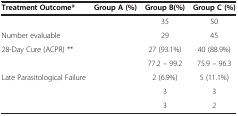
<table><thead><tr><td><b>Treatment Outcome*</b></td><td><b>Group A (%)</b></td><td><b>Group B(%)</b></td><td><b>Group C (%)</b></td></tr></thead><tbody><tr><td>[EMPTY_CELL]</td><td>[EMPTY_CELL]</td><td>35</td><td>50</td></tr><tr><td>Number evaluable</td><td>[EMPTY_CELL]</td><td>29</td><td>45</td></tr><tr><td>28-Day Cure (ACPR) **</td><td>[EMPTY_CELL]</td><td>27 (93.1%)</td><td>40 (88.9%)</td></tr><tr><td>[EMPTY_CELL]</td><td>[EMPTY_CELL]</td><td>77.2 – 99.2</td><td>75.9 – 96.3</td></tr><tr><td>Late Parasitological Failure</td><td>[EMPTY_CELL]</td><td>2 (6.9%)</td><td>5 (11.1%)</td></tr><tr><td>[EMPTY_CELL]</td><td>[EMPTY_CELL]</td><td>3</td><td>3</td></tr><tr><td>[EMPTY_CELL]</td><td>[EMPTY_CELL]</td><td>3</td><td>2</td></tr></tbody></table>